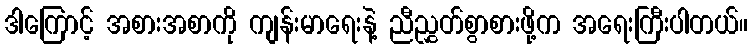
ဒါကြောင့် အစားအစာကို ကျန်းမာရေးနဲ့ ညီညွှတ်စွာစားဖို့က အရေးကြီးပါတယ်။